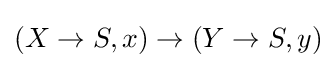
(X\to S,x)\to (Y\to S,y)